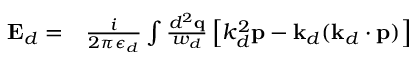
\begin{array} { r l } { \mathbf { E } _ { d } = } & { { } \frac { i } { 2 \pi \epsilon _ { d } } \int \frac { d ^ { 2 } \mathbf { q } } { w _ { d } } \left[ k _ { d } ^ { 2 } \mathbf { p } - \mathbf { k } _ { d } ( \mathbf { k } _ { d } \cdot \mathbf { p } ) \right] } \end{array}